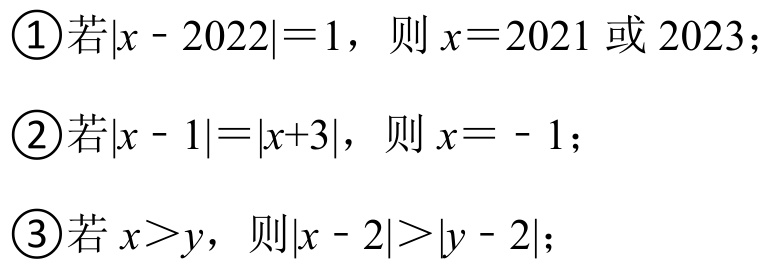
\textcircled{1}若\(\vert x - 2022\vert=1\)，则\(x = 2021\)或\(2023\)；
\textcircled{2}若\(\vert x - 1\vert=\vert x + 3\vert\)，则\(x = - 1\)；
\textcircled{3}若\(x>y\)，则\(\vert x - 2\vert>\vert y - 2\vert\)；